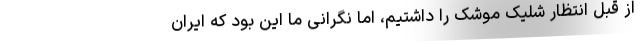
از قبل انتظار شلیک موشک را داشتیم، اما نگرانی ما این بود که ایران